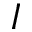
I